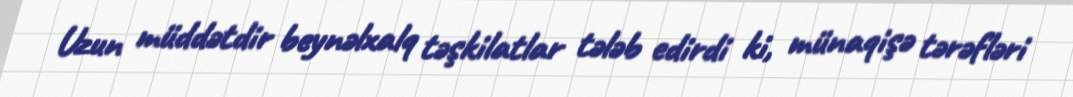
Uzun müddətdir beynəlxalq təşkilatlar tələb edirdi ki, münaqişə tərəfləri